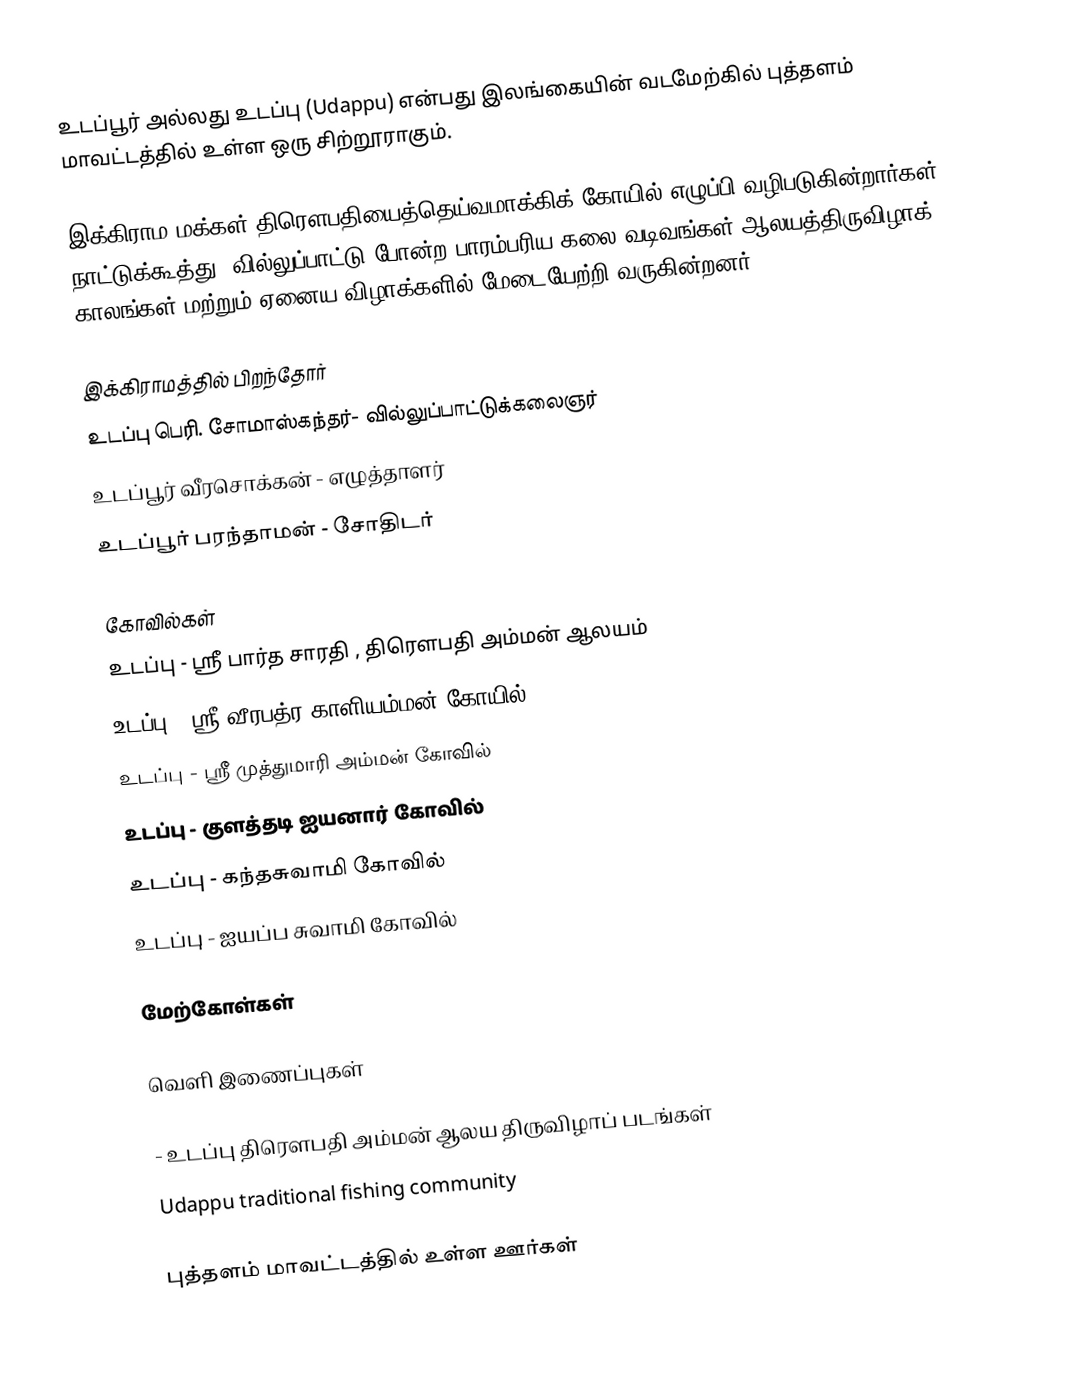
உடப்பூர் அல்லது உடப்பு (Udappu) என்பது இலங்கையின் வடமேற்கில் புத்தளம் மாவட்டத்தில் உள்ள ஒரு சிற்றூராகும்.

இக்கிராம மக்கள் திரௌபதியைத்தெய்வமாக்கிக் கோயில் எழுப்பி வழிபடுகின்றார்கள். நாட்டுக்கூத்து, வில்லுப்பாட்டு போன்ற பாரம்பரிய கலை வடிவங்கள் ஆலயத்திருவிழாக் காலங்கள் மற்றும் ஏனைய விழாக்களில் மேடையேற்றி வருகின்றனர்.

இக்கிராமத்தில் பிறந்தோர்
 உடப்பு பெரி. சோமாஸ்கந்தர்- வில்லுப்பாட்டுக்கலைஞர்
 உடப்பூர் வீரசொக்கன் - எழுத்தாளர்
 உடப்பூர் பரந்தாமன் - சோதிடர்

கோவில்கள்
 உடப்பு  - ஸ்ரீ பார்த சாரதி , திரெளபதி அம்மன் ஆலயம்
 உடப்பு  - ஸ்ரீ வீரபத்ர காளியம்மன் கோயில்
 உடப்பு  - ஸ்ரீ முத்துமாரி அம்மன் கோவில்
 உடப்பு - குளத்தடி ஐயனார் கோவில்
 உடப்பு - கந்தசுவாமி கோவில்
 உடப்பு - ஐயப்ப சுவாமி கோவில்

மேற்கோள்கள்

வெளி இணைப்புகள்

 - உடப்பு திரெளபதி அம்மன் ஆலய திருவிழாப் படங்கள்
 Udappu traditional fishing community

புத்தளம் மாவட்டத்தில் உள்ள ஊர்கள்